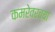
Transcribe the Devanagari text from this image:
कमरेवरच्या